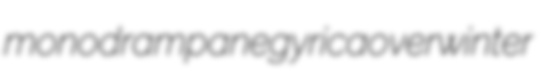
monodram panegyrica overwinter